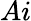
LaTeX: Ai